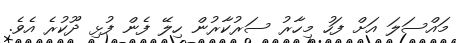
މައްސަލަ އަށް ފަހު މިހާރު ސަރުކާރުން ހިލޭ ފެން ފުޅި ދޫކުރެ އެވެ.